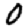
Digit: 0